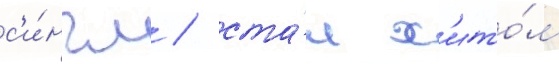
с'и́нгл / ста́л х'ито́м